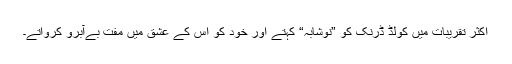
اکثر تقریبات میں کولڈ ڈرنک کو ”نوشابہ“ کہتے اور خود کو اس کے عشق میں مفت بےآبرو کرواتے۔